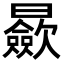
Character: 𣌋